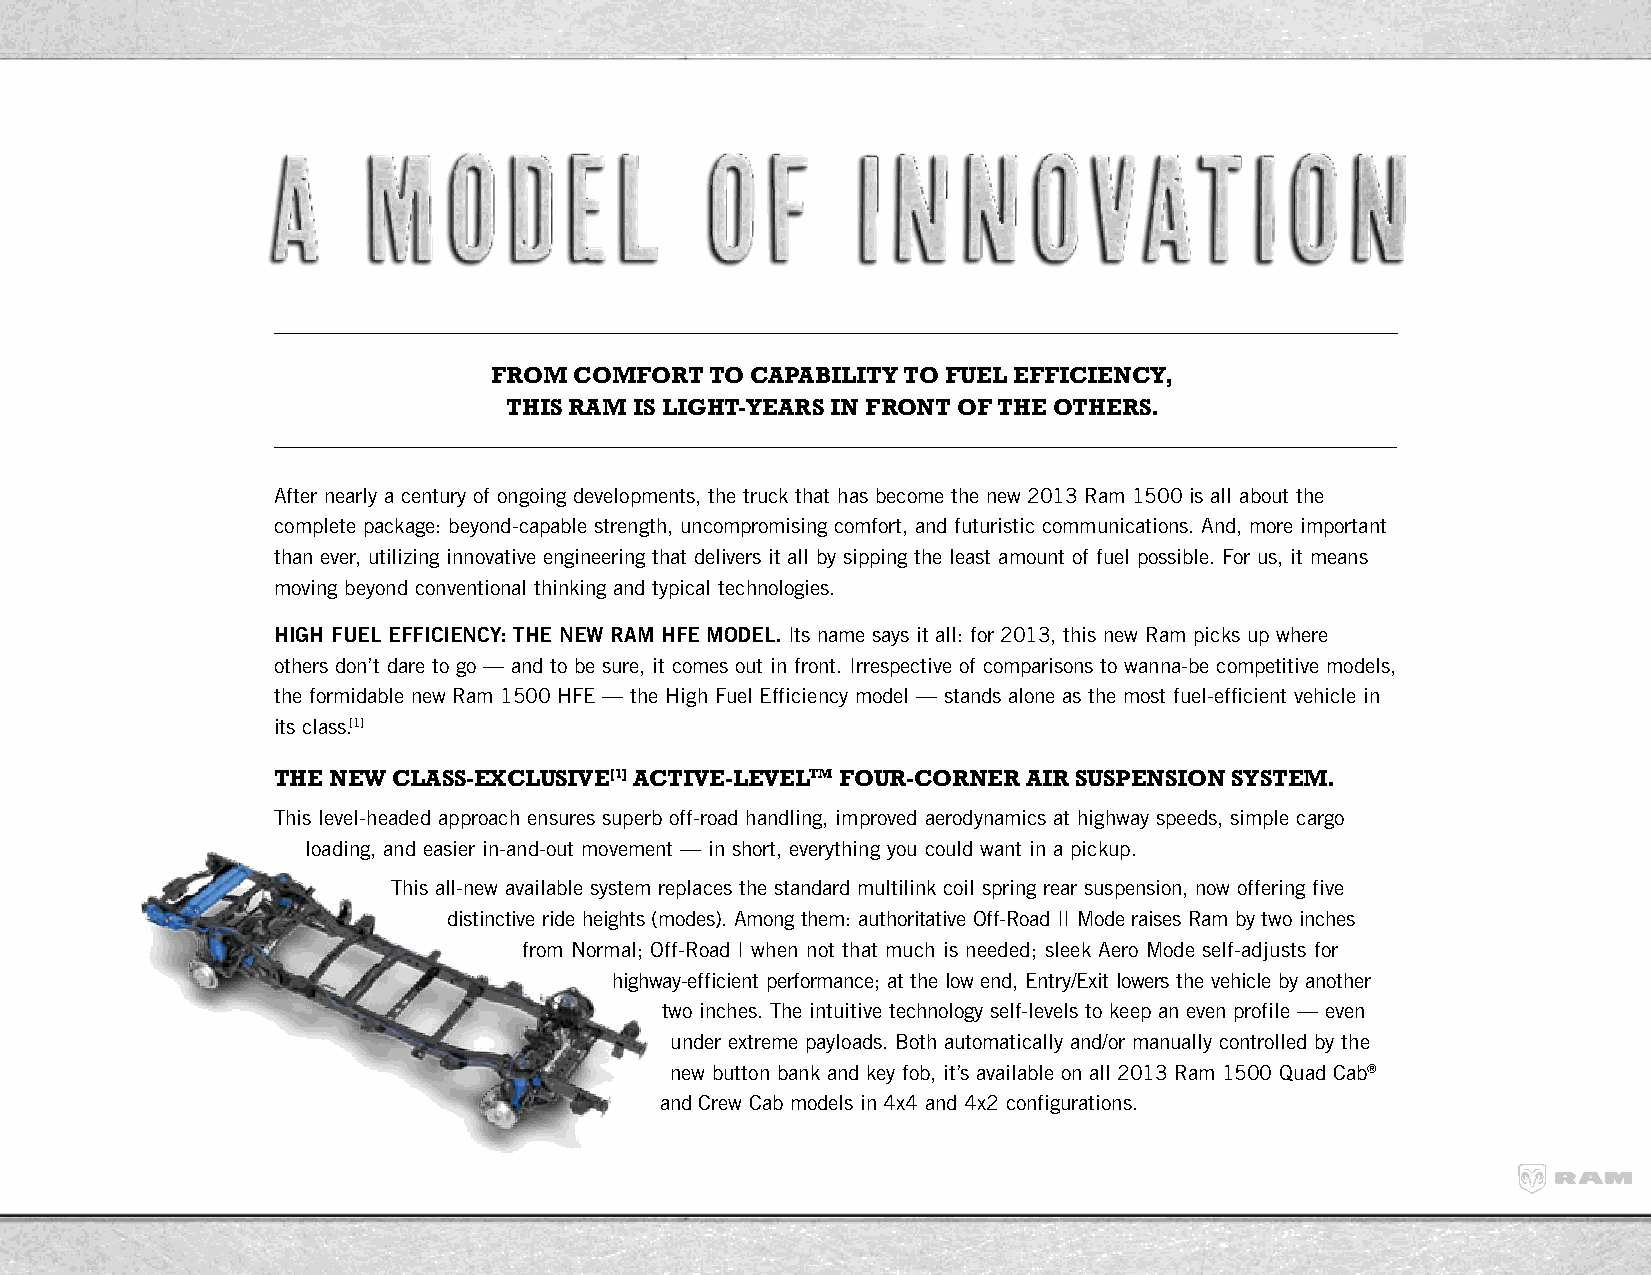
FROM  COMFORT  TO CAPABILITY TO FuEL EFFICIENCY,
 THIS RAM IS LIgHT-YEARS IN FRONT OF THE OTHERS.
 After nearly a century of ongoing developments, the truck that has become the new 2013 Ram 1500 is all about the
 complete package: beyond-capable strength, uncompromising comfort, and futuristic communications. And, more important
 than ever, utilizing innovative engineering that delivers it all by sipping the least amount of fuel possible. For us, it means
 moving beyond conventional thinking and typical technologies.
 high FuEl EFFiCiENCy: thE NEw RAM hFE MOdEl. Its name says it all: for 2013, this new Ram picks up where
 others don’t dare to go — and to be sure, it comes out in front. Irrespective of comparisons to wanna-be competitive models,
 the formidable new Ram 1500 HFE — the High Fuel Efficiency model — stands alone as the most fuel-efficient vehicle in
 its class.[1]
 THE NEW CLASS-ExCLuSIVE[1] ACTIVE-LEVELTM FOuR-CORNER AIR SuSPENSION SYSTEM.
 This level-headed approach ensures superb off-road handling, improved aerodynamics at highway speeds, simple cargo
 loading, and easier in-and-out movement — in short, everything you could want in a pickup.
 This all-new available system replaces the standard multilink coil spring rear suspension, now offering five
 distinctive ride heights (modes). Among them: authoritative Off-Road II Mode raises Ram by two inches
 from Normal; Off-Road I when not that much is needed; sleek Aero Mode self-adjusts for
 highway-efficient performance; at the low end, Entry/Exit lowers the vehicle by another
 two inches. The intuitive technology self-levels to keep an even profile — even
 under extreme payloads. Both automatically and/or manually controlled by the
 new button bank and key fob, it’s available on all 2013 Ram 1500 Quad Cab®
 and Crew Cab models in 4x4 and 4x2 configurations.
 Page 6